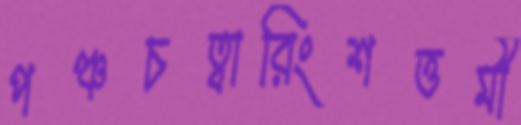
পঞ্চচত্বারিংশত্তমী